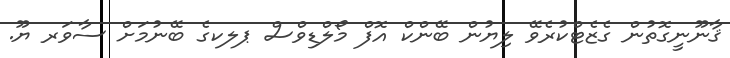
ޤާނޫނީގޮތުން ގެޒެޓްކުރެވޭ ލިޔުން ބޭންކް އޮފް މޯލްޑިވްސް ޕލކގެ ބޭނުމަށް ސާވަރ ޔޫ.